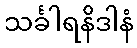
သင်္ခါရနိဒါနံ